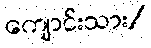
ကျောင်းသား/